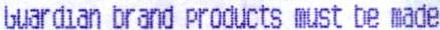
GUARDIAN BRAND PRODUCTS MUST BE MADE